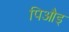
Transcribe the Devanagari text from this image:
पिऔइ